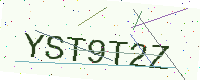
Text: YST9T2Z